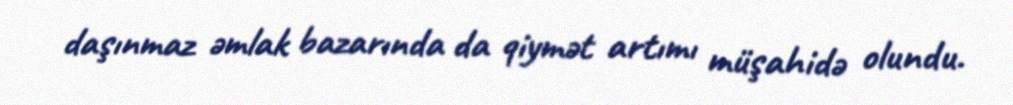
daşınmaz əmlak bazarında da qiymət artımı müşahidə olundu.